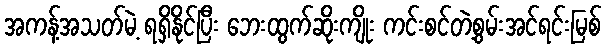
အကန့်အသတ်မဲ့ ရရှိနိုင်ပြီး ဘေးထွက်ဆိုးကျိုး ကင်းစင်တဲ့စွမ်းအင်ရင်းမြစ်